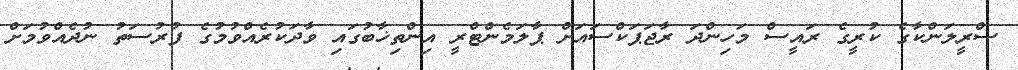
ސްރީލަންކާގެ ކުރީގެ ރައީސް މަހިންދަ ރާޖަޕަކްސައަށް ޕާލަމެންޓްރީ އިންތިޚާބުގައި ވާދަކުރެއްވުމުގެ ފުރުސަތު ނުދެއްވުމަށް